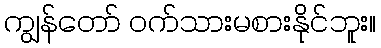
ကျွန်တော် ဝက်သားမစားနိုင်ဘူး။